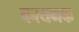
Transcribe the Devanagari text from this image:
कायमक